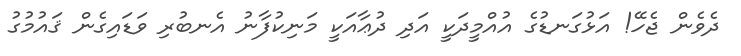
ދެވެން ޖެހޭ! އަޅުގަނޑުގެ އުއްމީދަކީ އަދި ދުޢާއަކީ މަނިކުފާނު އެނބުރި ވަޑައިގެން ޤައުމުގު